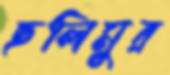
ছলিমুর